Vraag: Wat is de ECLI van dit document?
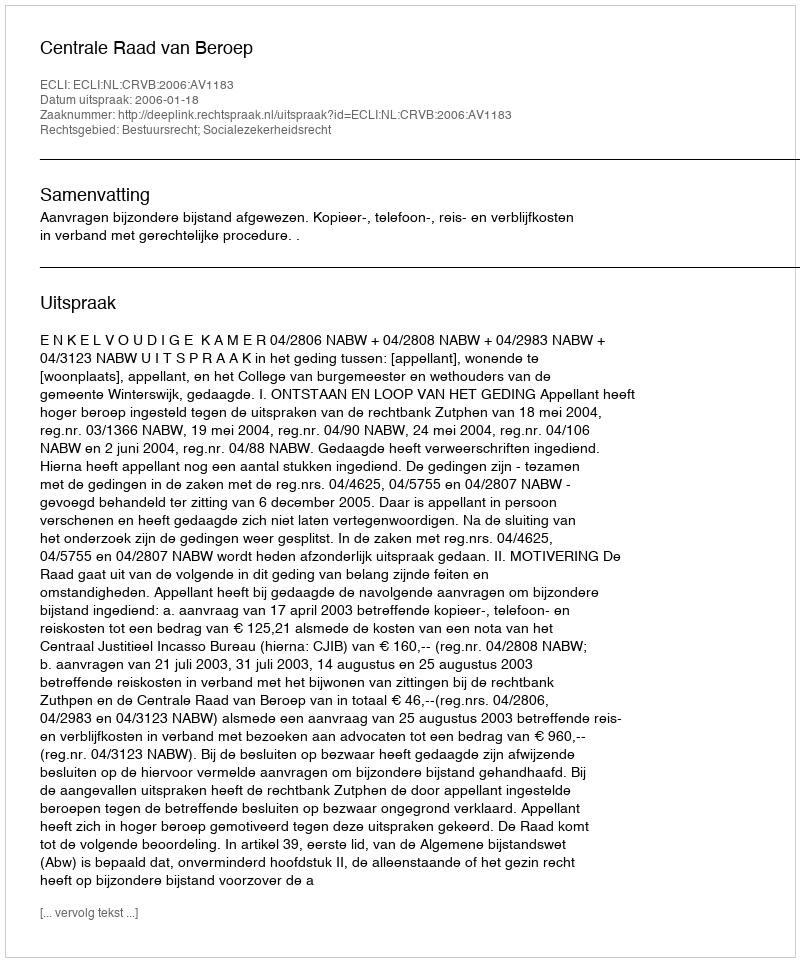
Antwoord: ECLI:NL:CRVB:2006:AV1183